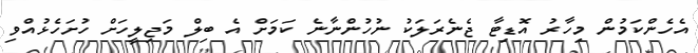
އެހެންކަމުން މިހާރު އޮޑިޓާ ޖެނެރަލަކު ނުހުންނާނެ ކަމަށް އެ ބިލް މަޖިލީހަށް ހުށަހެޅުއްވި